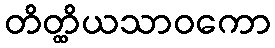
တိတ္ထိယသာဝကော